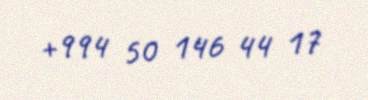
+994 50 146 44 17